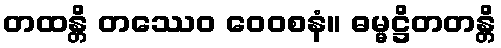
တထန္တိ တဿေဝ ဝေဝစနံ။ ဓမ္မဋ္ဌိတတန္တိ